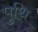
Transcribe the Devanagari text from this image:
पुथि